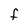
Character: f